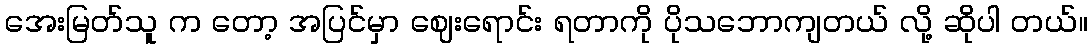
အေးမြတ်သူ က တော့ အပြင်မှာ ဈေးရောင်း ရတာကို ပိုသဘောကျတယ် လို့ ဆိုပါ တယ်။